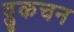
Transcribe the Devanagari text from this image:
द्रुकचन